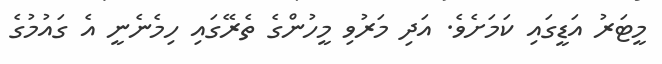
މީޓަރު އަޑީގައި ކަމަށެވެ. އަދި މަރުވި މީހުންގެ ތެރޭގައި ހިމެނެނީ އެ ގައުމުގެ